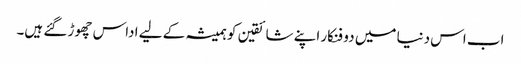
اب اس دنیا میں دو فنکار اپنے شائقین کو ہمیشہ کے لیے اداس چھوڑ گئے ہیں۔